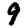
Digit: 9